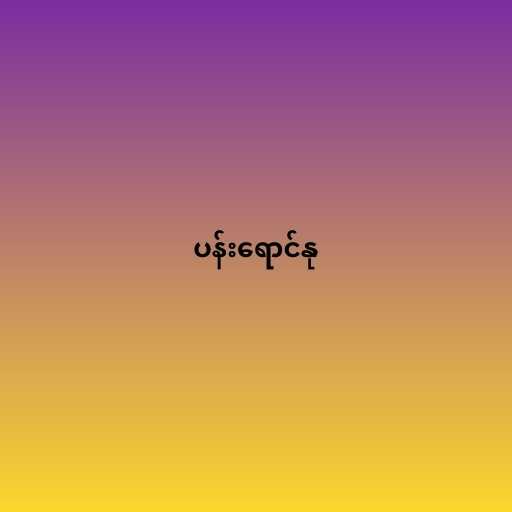
ပန်းရောင်နု